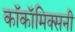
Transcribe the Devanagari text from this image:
काॅकॉमिक्सनी